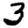
Digit: 3